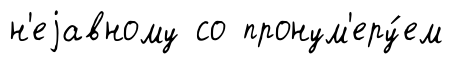
н'еjавному со пронум'еру́ем